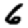
Digit: 6